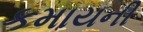
કમાયની